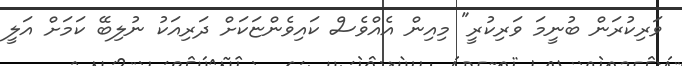
ވަރިކުރަން ބުނީމަ ވަރިކުރީ" މިއިން އެއްވެސް ކައިވެންޏަކަށް ދަރިއަކު ނުލިބޭ ކަމަށް އަލީ